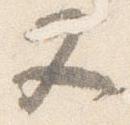
又